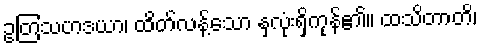
ဥတြသဟဒယာ၊ ထိတ်လန့်သော နှလုံးရှိကုန်၏။ ထသိတာတိ၊